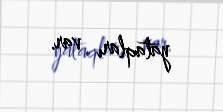
yataqları var.